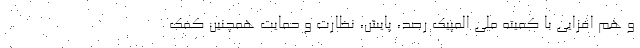
و هم افزایی با کمیته ملی المپیک رصد، پایش، نظارت و حمایت همچنین کمک